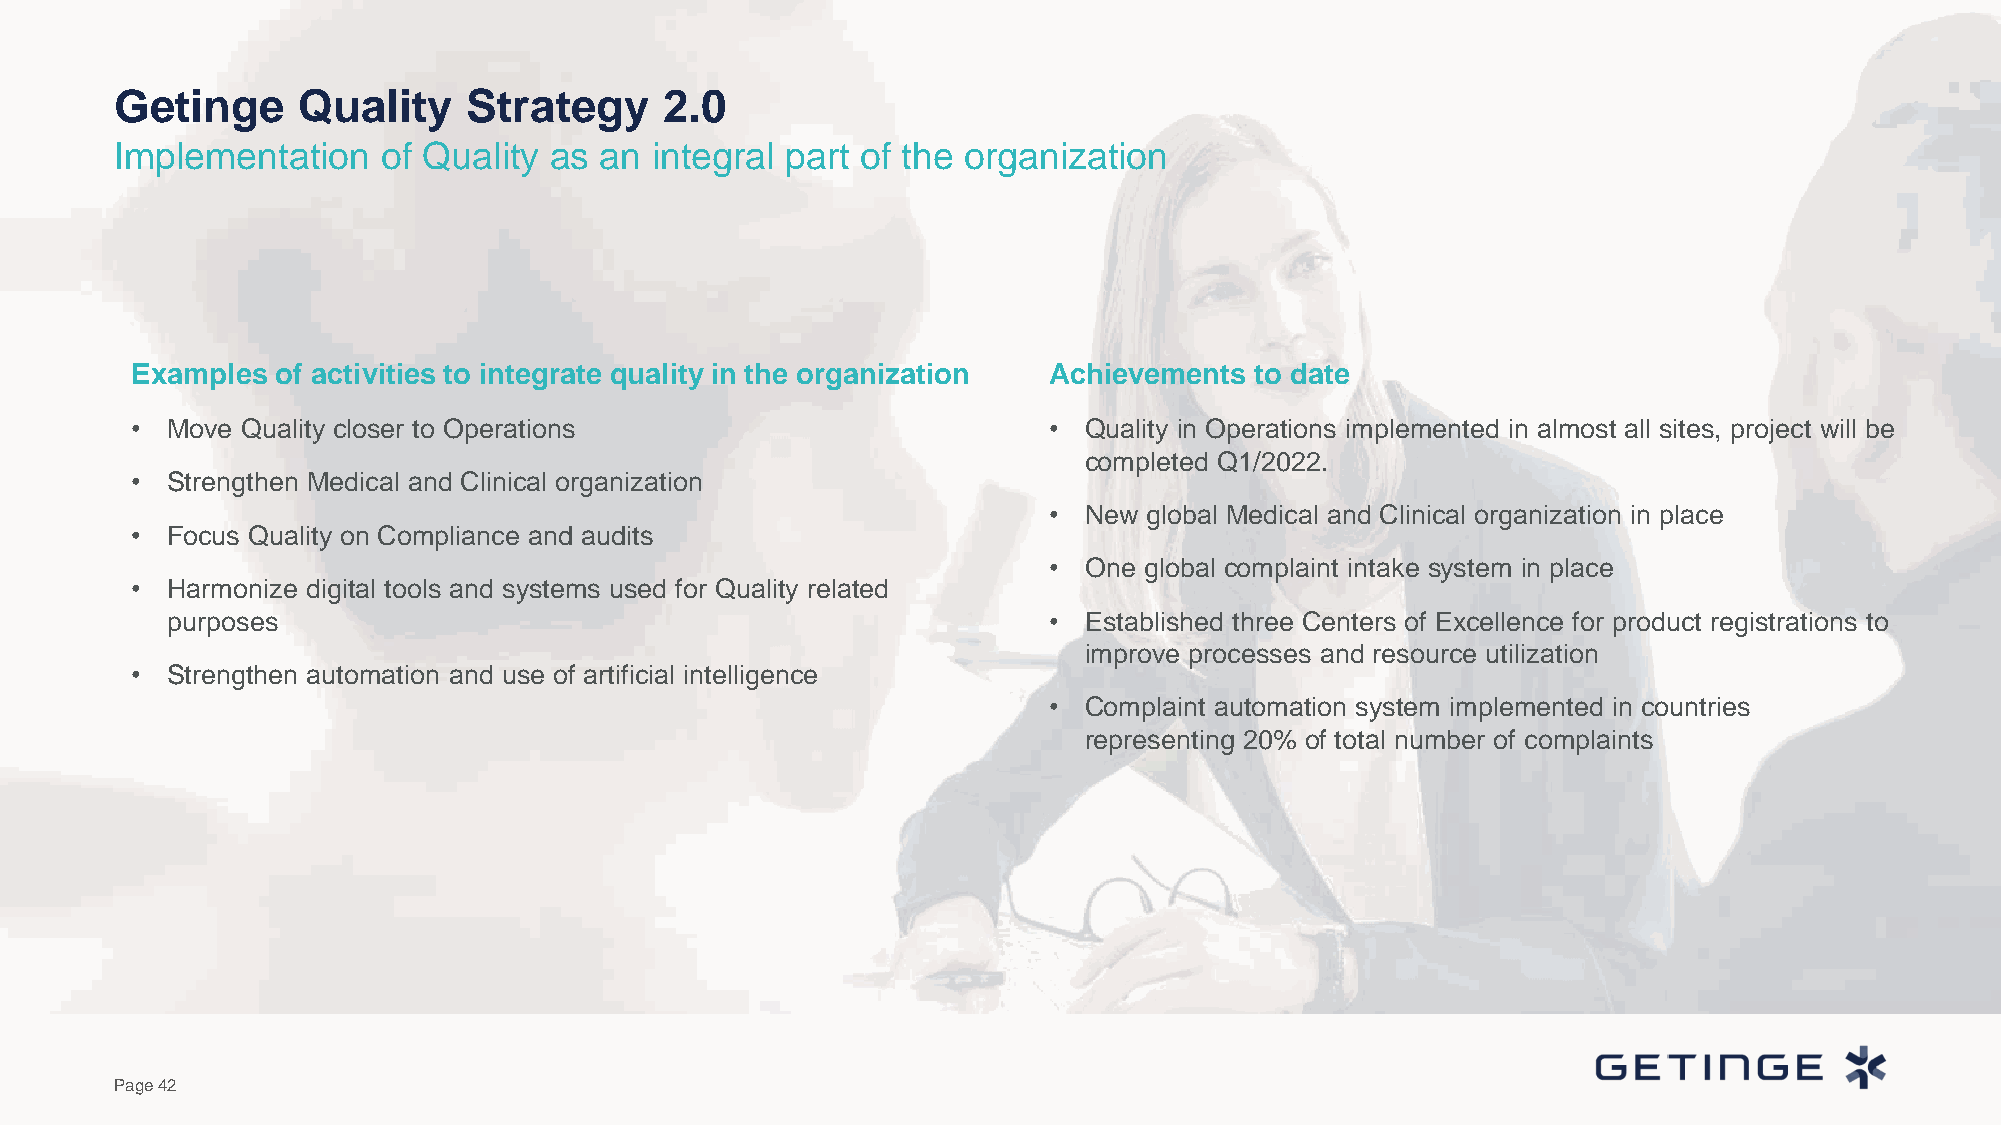
Getinge     Quality    Strategy     2.0
 Implementation   of Quality as  an integral part of the organization
 Examples of activities to integrate quality in the organization Achievements to date
 • Move Quality closer to Operations                         •  Quality in Operations implemented in almost all sites, project will be
 completed Q1/2022.
 • Strengthen Medical and Clinical organization
 •  New global Medical and Clinical organization in place
 • Focus Quality on Compliance and audits
 •  One global complaint intake system in place
 • Harmonize digital tools and systems used for Quality related
 purposes                                                  •  Established three Centers of Excellence for product registrations to
 improve processes and resource utilization
 • Strengthen automation and use of artificial intelligence
 •  Complaint automation system implemented in countries
 representing 20% of total number of complaints
 Page 42